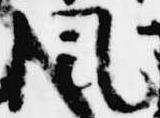
風